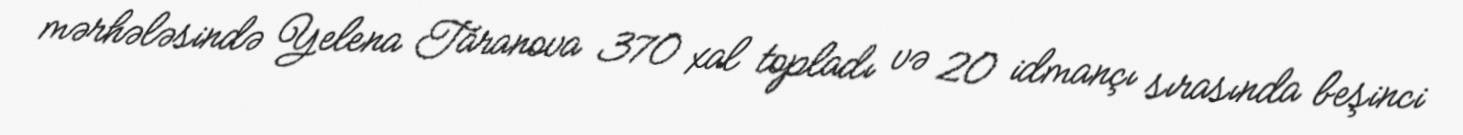
mərhələsində Yelena Taranova 370 xal topladı və 20 idmançı sırasında beşinci